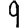
Digit: 9